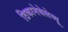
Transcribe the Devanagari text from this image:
ठिकानेबेलेव्यू